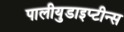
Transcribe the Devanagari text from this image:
पालीयुडाइप्टीन्स